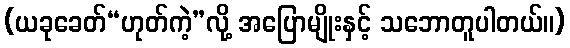
(ယခုခေတ်“ဟုတ်ကဲ့”လို့ အပြောမျိုးနှင့် သဘောတူပါတယ်။)